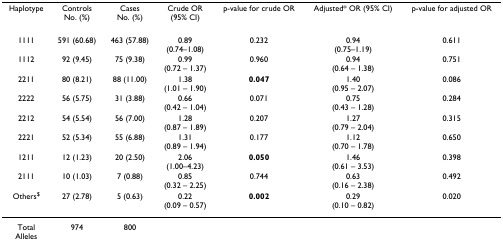
| Haplotype | ControlsNo. (%) | CasesNo. (%) | Crude OR(95% CI) | p-value for crude OR | Adjusted* OR (95% CI) | p-value for adjusted OR |
 | --- | --- | --- | --- | --- | --- | --- |
 | 1111 | 591 (60.68) | 463 (57.88) | 0.89(0.74–1.08) | 0.232 | 0.94(0.75–1.19) | 0.611 |
 | 1112 | 92 (9.45) | 75 (9.38) | 0.99(0.72 – 1.37) | 0.960 | 0.94(0.64 – 1.38) | 0.751 |
 | 2211 | 80 (8.21) | 88 (11.00) | 1.38(1.01 – 1.90) | 0.047 | 1.40(0.95 – 2.07) | 0.086 |
 | 2222 | 56 (5.75) | 31 (3.88) | 0.66(0.42 – 1.04) | 0.071 | 0.75(0.43 – 1.28) | 0.284 |
 | 2212 | 54 (5.54) | 56 (7.00) | 1.28(0.87 – 1.89) | 0.207 | 1.27(0.79 – 2.04) | 0.315 |
 | 2221 | 52 (5.34) | 55 (6.88) | 1.31(0.89 – 1.94) | 0.177 | 1.12(0.70 – 1.78) | 0.650 |
 | 1211 | 12 (1.23) | 20 (2.50) | 2.06(1.00–4.23) | 0.050 | 1.46(0.61 – 3.53) | 0.398 |
 | 2111 | 10 (1.03) | 7 (0.88) | 0.85(0.32 – 2.25) | 0.744 | 0.63(0.16 – 2.38) | 0.492 |
 | Others$ | 27 (2.78) | 5 (0.63) | 0.22(0.09 – 0.57) | 0.002 | 0.29(0.10 – 0.82) | 0.020 |
 | Total Alleles | 974 | 800 |  |  |  |  |